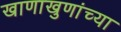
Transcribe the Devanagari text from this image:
खाणाखुणांच्या